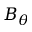
B _ { \theta }